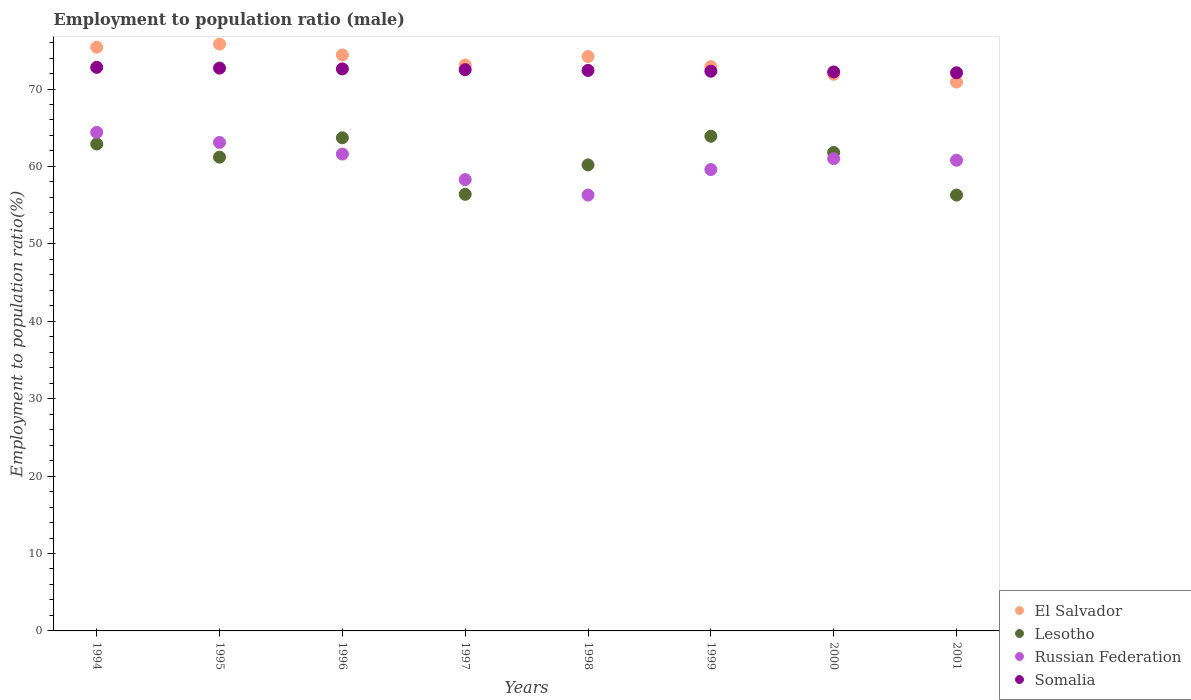
| Years | El Salvador | Lesotho | Russian Federation | Somalia |
 | --- | --- | --- | --- | --- |
 | 1994 | 75.4 | 62.9 | 64.4 | 72.8 |
 | 1995 | 75.8 | 61.2 | 63.1 | 72.7 |
 | 1996 | 74.4 | 63.7 | 61.6 | 72.6 |
 | 1997 | 73.1 | 56.4 | 58.3 | 72.5 |
 | 1998 | 74.2 | 60.2 | 56.3 | 72.4 |
 | 1999 | 72.9 | 63.9 | 59.6 | 72.3 |
 | 2000 | 71.9 | 61.8 | 61 | 72.2 |
 | 2001 | 70.9 | 56.3 | 60.8 | 72.1 |